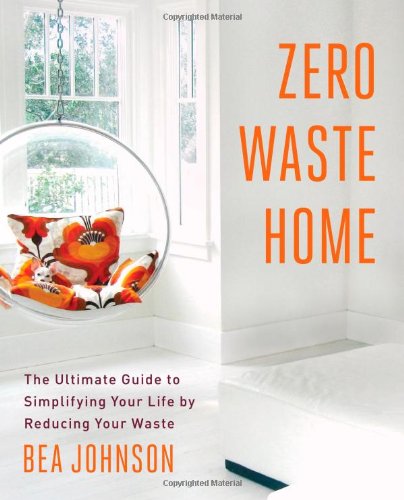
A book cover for Zero Waste Home: The Ultimate Guide to Simplifying Your Life by Reducing Your Waste; Bea Johnson; Crafts, Hobbies & Home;